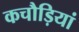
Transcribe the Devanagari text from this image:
कचौड़ियां